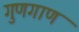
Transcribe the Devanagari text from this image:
गुणगाण